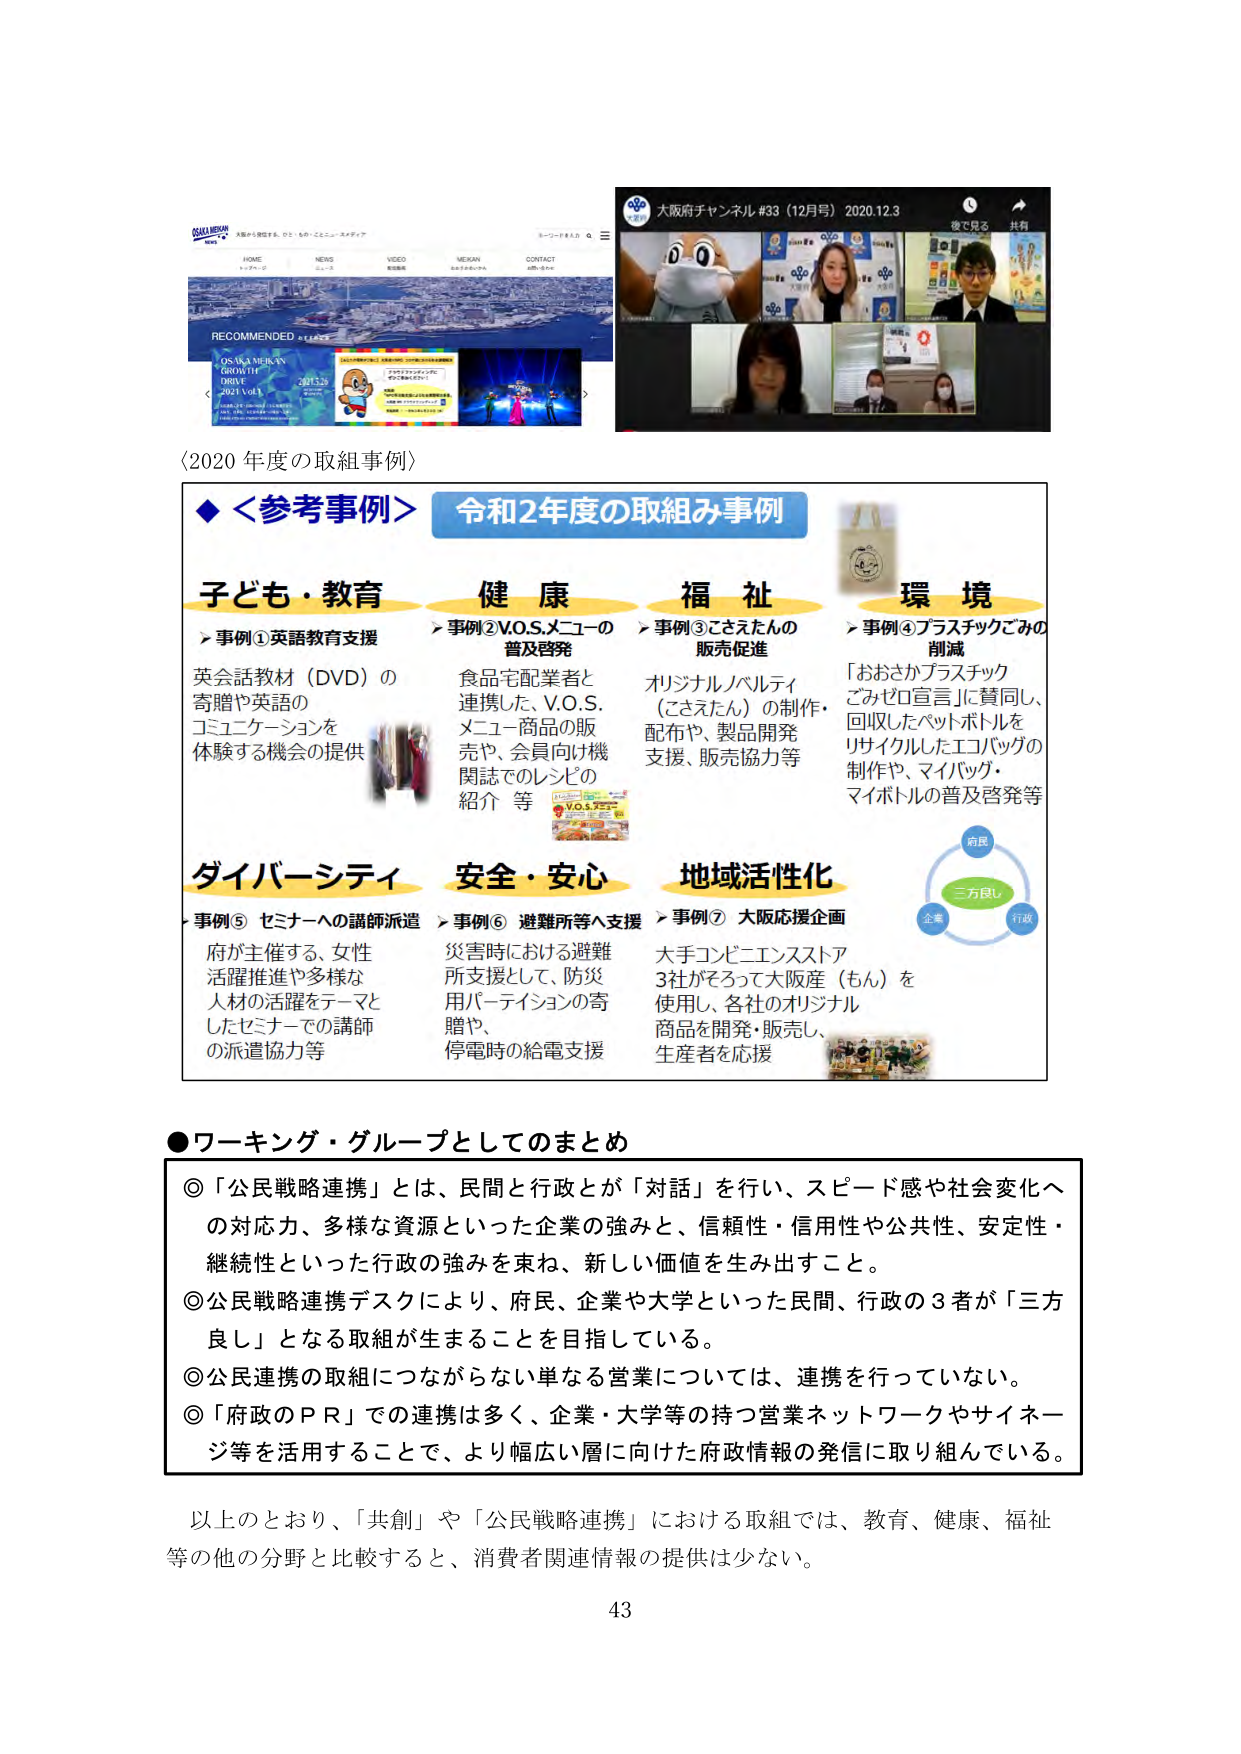
〈2020年度の取組事例〉

◆＜参考事例＞ 令和2年度の取組み事例

子ども・教育
▶事例①英語教育支援
英会話教材（DVD）の
寄贈や英語の
コミュニケーショ ンを
体験する機会の提供

健康
▶事例②V.O.S.メニューの
普及啓発
食品宅配業者と
連携した、V.O.S.
メニュー商品の販
売や、会員向け機
関誌でのレシピの
紹介 等

福祉
▶事例③こさえたんの
販売促進
オリジナルパルティ
（こさえたん）の制作・
配布や、製品開発
支援、販売協力等

環境
▶事例④プラスチックごみの
削減
「おおさかプラスチック
ごみゼロ宣言」に賛同し、
回収したペットボトルを
リサイクルしたエコバッグの
制作や、マイバッグ・
マイボトルの普及啓発等

ダイバーシティ
▶事例⑤ セミナーへの講師派遣
府が主催する、女性
活躍推進や多様な
人材の活躍をテーマと
したセミナーでの講師
の派遣協力等

安全・安心
▶事例⑥ 避難所等へ支援
災害時における避難
所支援として、防災
用パーティションの寄
贈や、
停電時の給電支援

地域活性化
▶事例⑦ 大阪応援企画
大手コンビニエンスストア
3社がそろって大阪産（もん）を
使用し、各社のオリジナル
商品を開発・販売し、
生産者を応援

●ワーキング・グループとしてのまとめ

◎「公民戦略連携」とは、民間と行政とが「対話」を行い、スピード感や社会変化へ
の対応力、多様な資源といった企業の強みと、信頼性・信用性や公共性、安定性・
継続性といった行政の強みを束ね、新しい価値を生み出すこと。

◎公民戦略連携デスクにより、府民、企業や大学といった民間、行政の3者が「三方
良し」となる取組が生まれることを目指している。

◎公民連携の取組につながらない単なる営業については、連携を行っていない。

◎「府政のPR」での連携は多く、企業・大学等の持つ営業ネットワークやサイネー
ジ等を活用することで、より幅広い層に向けた府政情報の発信に取り組んでいる。

以上のことより、「共創」や「公民戦略連携」における取組では、教育、健康、福祉
等の他の分野と比較すると、消費者関連情報の提供は少ない。

43